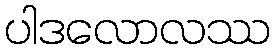
ပါဒလောလဿ